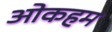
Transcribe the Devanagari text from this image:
ओकहम